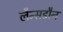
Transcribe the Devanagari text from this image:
लैन्सडौन